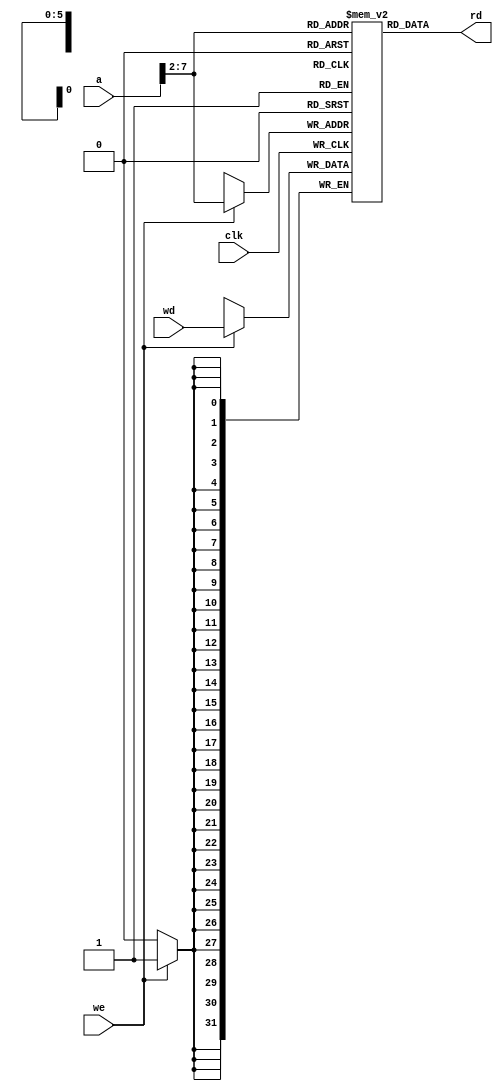
`timescale 1ns / 1ps
//////////////////////////////////////////////////////////////////////////////////
// Company: 
// Engineer: 
// 
// Design Name: 
// Module Name: dmem
// Project Name: 
// Target Devices: 
// Tool Versions: 
// Description: 
// 
// Dependencies: 
// 
// Revision:
// Revision 0.01 - File Created
// Additional Comments:
// 
//////////////////////////////////////////////////////////////////////////////////


module dmem (input clk, we,
input [31:0] a, wd,
output [31:0] rd);
reg [31:0] RAM[63:0];
assign rd = RAM[a[31:2]]; // word aligned
always @ (posedge clk)
if (we)
RAM[a[31:2]] <= wd;
endmodule